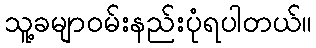
သူ့ခမျာဝမ်းနည်းပုံရပါတယ်။